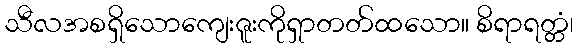
သီလအစရှိသောကျေးဇူးကိုရှာတတ်ထသော။ စိရာရတ္တံ၊